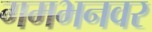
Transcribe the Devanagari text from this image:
गमभनवर